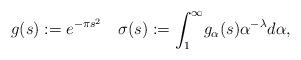
LaTeX: \begin{align*}g(s) := e^{- \pi s^2} \quad\sigma(s):=\int_1^\infty \!g_\alpha(s) \alpha^{-\lambda} d\alpha,\end{align*}